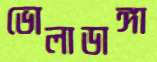
ভোলাডাঙ্গা